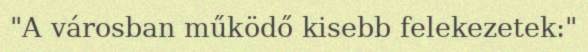
"A városban működő kisebb felekezetek:"